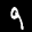
Label: 9